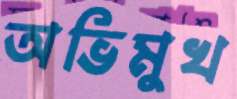
অভিমুখ